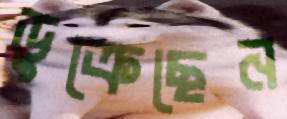
ডুক্‌রেছেন